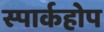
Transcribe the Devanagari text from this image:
स्पार्कहोप